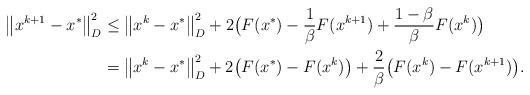
LaTeX: \begin{align*}\begin{aligned}\big\|x^{k+1}-x^*\big\|_D^2 & \le\big\|x^k - x^*\big\|_D^2 + 2\big(F(x^*) - \frac{1}{\beta}F(x^{k+1}) + \frac{1-\beta}{\beta}F(x^k)\big) \\&=\big\|x^k-x^*\big\|_D^2 + 2\big(F(x^*) - F(x^k)\big) + \frac{2}{\beta}\big(F(x^k) -F(x^{k+1})\big).\end{aligned}\end{align*}